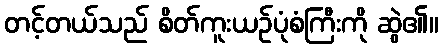
တင့်တယ်သည် စိတ်ကူးယဉ်ပုံစံကြီးကို ဆွဲ၏။